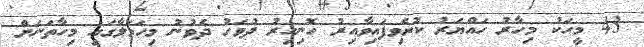
43 މީހަކު މިހާރު ހައްޔަރު ކުރެވިފައިވާއިރު ހޮނިހިރު ދުވަހު ދެވުނު މިހަމަލާގައި މިހާތަނަށް